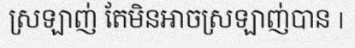
ស្រឡាញ់ តែមិនអាចស្រឡាញ់បាន |